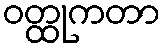
ဝတ္ထုကတာ